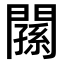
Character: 𨶉